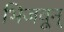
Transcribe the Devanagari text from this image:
भिजवून्